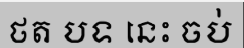
ថត បទ នេះ ចប់